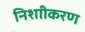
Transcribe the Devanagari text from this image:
निशाीकरण